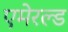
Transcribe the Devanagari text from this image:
एमेरल्ड